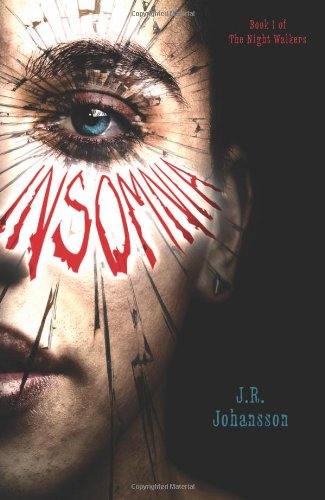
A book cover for Insomnia (The Night Walkers); J. R. Johansson; Teen & Young Adult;